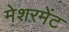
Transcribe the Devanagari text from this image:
मेशरमेंट